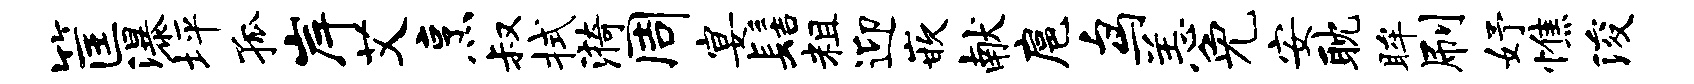
筐瀑坪孤岸艾烹叔拭漪周宴髻粗迎嵌献扈鸟恙免安耽眸刷妤憔浚